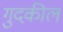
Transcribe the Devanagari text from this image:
गुदकील